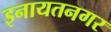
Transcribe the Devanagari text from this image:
इनायतनगर